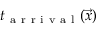
t _ { \mathrm { ~ a ~ r ~ r ~ i ~ v ~ a ~ l ~ } } ( \vec { x } )